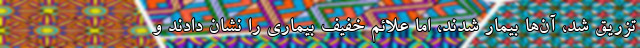
تزریق شد، آن‌ها بیمار شدند، اما علائم خفیف بیماری را نشان دادند و